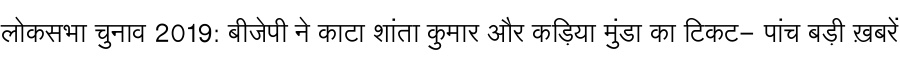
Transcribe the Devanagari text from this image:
लोकसभा चुनाव 2019: बीजेपी ने काटा शांता कुमार और कड़िया मुंडा का टिकट- पांच बड़ी ख़बरें